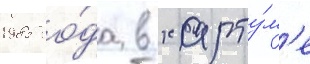
1985 го́да в харту́м'е